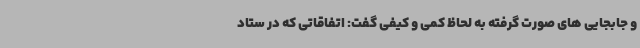
و جابجایی های صورت گرفته به لحاظ کمی و کیفی گفت: اتفاقاتی که در ستاد